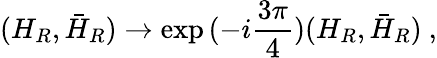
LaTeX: (H_{R},\bar{H}_{R})\rightarrow\exp{(-i\frac{3\pi}{4})}(H_{R},\bar{H}_{R})\ ,